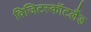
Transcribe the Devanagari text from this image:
विजिटस्कॉटलैंड